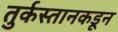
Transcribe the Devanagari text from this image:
तुर्कस्तानकडून